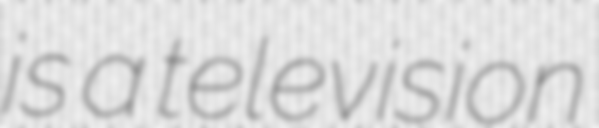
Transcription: is a television